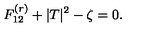
F _ { 1 2 } ^ { ( r ) } + | T | ^ { 2 } - \zeta = 0 .